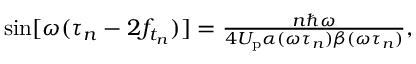
\begin{array} { r } { \sin [ \omega ( \tau _ { n } - 2 f _ { t _ { n } } ) ] = \frac { n \hbar \omega } { 4 U _ { \mathrm { p } } \alpha ( \omega \tau _ { n } ) \beta ( \omega \tau _ { n } ) } , } \end{array}